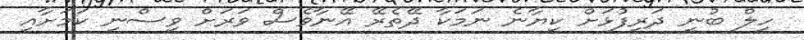
ހިލް ބުނީ ދަރިފުޅަށް ކިޔާނެ ނަމަކާ ދޭތެރޭ އޭނާވެސް ވަރަށް ވިސްނި ކަމަށާއި